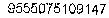
9555075109147